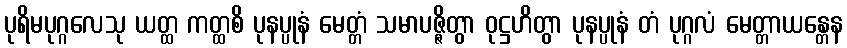
ပုရိမပုဂ္ဂလေသု ယတ္ထ ကတ္ထစိ ပုနပ္ပုနံ မေတ္တံ သမာပဇ္ဇိတွာ ဝုဋ္ဌဟိတွာ ပုနပ္ပုနံ တံ ပုဂ္ဂလံ မေတ္တာယန္တေန